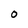
Character: 0